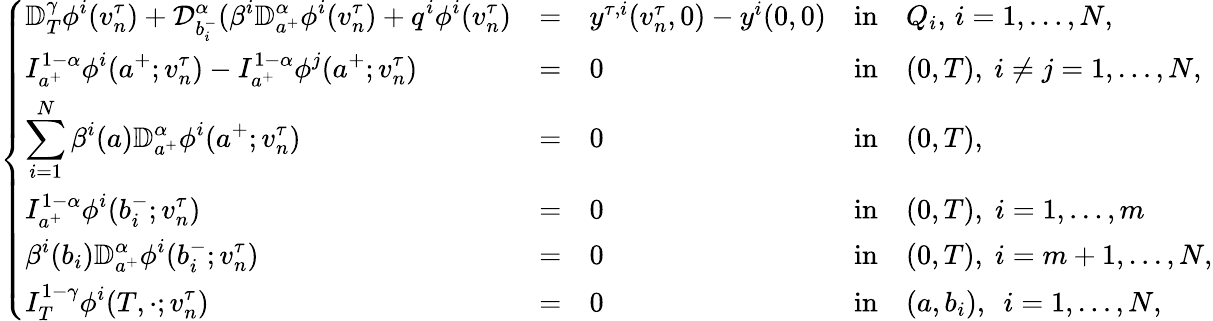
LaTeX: \left\{ \begin{array}{lllllllll}{\displaystyle{\mathbb D}_{T}^{\gamma}\phi^{i}(v_{n}^{\tau})+\mathcal{D}_{b_{i}^{-}}^{\alpha}(\beta^{i}\mathbb{D}_{a^{+}}^{\alpha}\phi^{i}(v_{n}^{\tau})+q^{i}\phi^{i}(v_{n}^{\tau})}&{=}&{y^{\tau,i}(v_{n}^{\tau},0)-y^{i}(0,0)}&{\mathrm{in}}&{Q_{i},\, i=1,\dots,N,}\\ {\displaystyle I_{a^{+}}^{1-\alpha}\phi^{i}(a^{+};v_{n}^{\tau})-I_{a^{+}}^{1-\alpha}\phi^{j}(a^{+};v_{n}^{\tau})}&{=}&{0}&{\mathrm{in}}&{(0,T),~i\neq j=1,\dots,N,}\\ {\displaystyle\sum_{i=1}^{N}\beta^{i}(a)\mathbb{D}_{a^{+}}^{\alpha}\phi^{i}(a^{+};v_{n}^{\tau})}&{=}&{0}&{\mathrm{in}}&{(0,T),}\\ {\displaystyle I_{a^{+}}^{1-\alpha}\phi^{i}(b_{i}^{-};v_{n}^{\tau})}&{=}&{0}&{\mathrm{in}}&{(0,T),\; i=1,\dots,m}\\ {\displaystyle\beta^{i}(b_{i})\mathbb{D}_{a^{+}}^{\alpha}\phi^{i}(b_{i}^{-};v_{n}^{\tau})}&{=}&{0}&{\mathrm{in}}&{(0,T),\; i=m+1,\dots,N,}\\ {\displaystyle I_{T}^{1-\gamma}\phi^{i}(T,\cdot;v_{n}^{\tau})}&{=}&{0}&{\mathrm{in}}&{(a,b_{i}),~~i=1,\dots,N,}\end{array}\right.